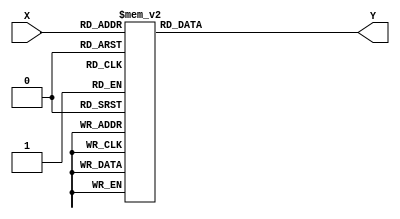
module decoder_4x16_neg(output reg [15:0] Y, input [3:0] X);
	always @(X)
		case(X)
			4'h0:	Y = 16'b1111111111111110;
			4'h1:	Y = 16'b1111111111111101;
			4'h2: 	Y = 16'b1111111111111011;
			4'h3:	Y = 16'b1111111111110111;
			4'h4:	Y = 16'b1111111111101111;
			4'h5:	Y = 16'b1111111111011111;
			4'h6: 	Y = 16'b1111111110111111;
			4'h7:	Y = 16'b1111111101111111;
			4'h8:	Y = 16'b1111111011111111;
			4'h9:	Y = 16'b1111110111111111;
			4'hA:	Y = 16'b1111101111111111;
			4'hB:	Y = 16'b1111011111111111;
			4'hC:	Y = 16'b1110111111111111;
			4'hD:	Y = 16'b1101111111111111;
			4'hE:	Y = 16'b1011111111111111;
			4'hF:	Y = 16'b0111111111111111;
		endcase
endmodule